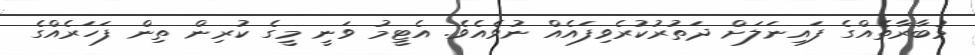
މުބާރާތެއްގެ ފައިނަލަށް ދަތުރުކުރެވިފައެއް ނުވެއެވެ. އެޓީމު ވަނީ މީގެ ކުރިން ތިން ފަހަރެއްގެ